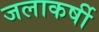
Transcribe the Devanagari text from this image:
जलाकर्षी